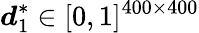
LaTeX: \displaystyle\boldsymbol{d}_{1}^{*}\in[0,1]^{400\times 400}